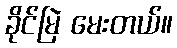
ခိုင်မြဲ မေးတယ်။